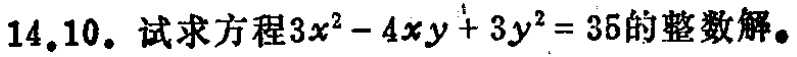
14.10. 试求方程\(3x^{2}-4xy + 3y^{2}=35\)的整数解。